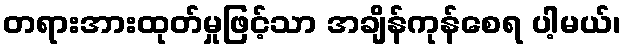
တရားအားထုတ်မှုဖြင့်သာ အချိန်ကုန်စေရ ပါ့မယ်၊